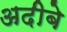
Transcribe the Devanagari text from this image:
अदीबे